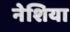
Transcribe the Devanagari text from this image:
नेशिया